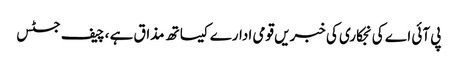
پی آئی اے کی نجکاری کی خبریں قومی ادارے کیساتھ مذاق ہے ،چیف جسٹس